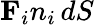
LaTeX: \mathbf{F}_{i}n_{i}\, dS